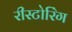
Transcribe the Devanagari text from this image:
रीस्टोरिंग